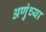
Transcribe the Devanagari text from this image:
अणुंच्या